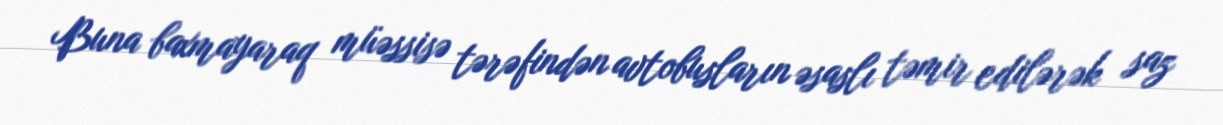
Buna baxmayaraq müəssisə tərəfindən avtobusların əsaslı təmir edilərək saz